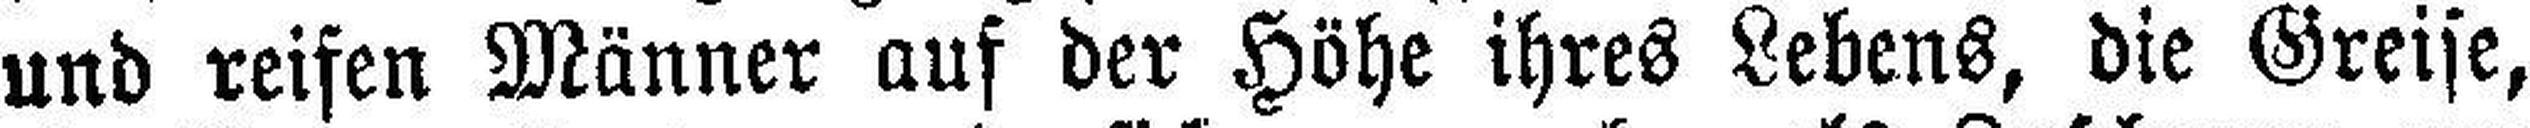
und reifen Männer auf der Höhe ihres Lebens, die Greise,